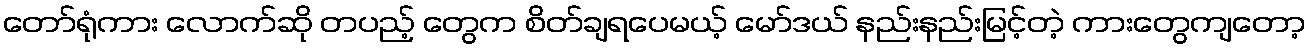
တော်ရုံကား လောက်ဆို တပည့် တွေက စိတ်ချရပေမယ့် မော်ဒယ် နည်းနည်းမြင့်တဲ့ ကားတွေကျတော့